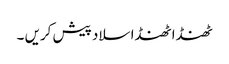
ٹھنڈا ٹھنڈا سلاد پیش کریں ۔